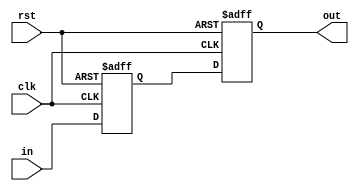

// time scale
`timescale 1ns/1ps

module DigitalCore_ClkCycleDelay_negedge(
        
        //---------------------------------------------------------------------------
        //  ports
        //---------------------------------------------------------------------------
        rst,
        clk,
        in,
        out
        //---------------------------------------------------------------------------        

    );
    parameter Width = 1;
	parameter DelayCycles = 2;

    //-----------------------------------------------------------------------------------
    //   I/O Wires
    //-----------------------------------------------------------------------------------
    input wire                                  rst;
    input wire                                  clk;
    input wire  [Width-1:0]                     in;
    output wire [Width-1:0]                     out;

	
    //-----------------------------------------------------------------------------------
    //  Genvars
    //-----------------------------------------------------------------------------------
    genvar i;
    //-----------------------------------------------------------------------------------
	
    //-----------------------------------------------------------------------------------
    //   Wires
    //-----------------------------------------------------------------------------------
    reg [Width-1:0] delayed_signal [0:DelayCycles];

    //-----------------------------------------------------------------------------------

    //-----------------------------------------------------------------------------------
    //   Assigns
    //-----------------------------------------------------------------------------------
    assign out = delayed_signal[DelayCycles];

    //-----------------------------------------------------------------------------------

    //-----------------------------------------------------------------------------------
    //    Flops
    //-----------------------------------------------------------------------------------
    always @(*) begin
        delayed_signal[0] <= in;
    end

    generate for (i = 1; i <= DelayCycles; i = i + 1) begin: delay_cycle_gen
        always @(negedge clk or posedge rst) begin
            if (rst) begin
                delayed_signal[i] <= {Width{1'b0}};
            end else begin
                delayed_signal[i] <= delayed_signal[i-1];
            end
        end
    end endgenerate

endmodule